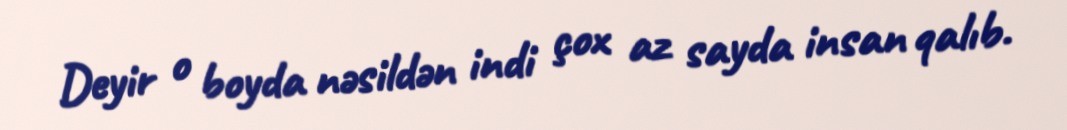
Deyir o boyda nəsildən indi çox az sayda insan qalıb.